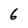
Character: 6